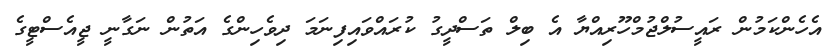
އެހެންކަމުން ރައީސުލްޖުމްހޫރިއްޔާ އެ ބިލް ތަސްދީގު ކުރައްވައިފިނަމަ ދިވެހިންގެ އަތުން ނަގާނީ ޖީއެސްޓީގެ